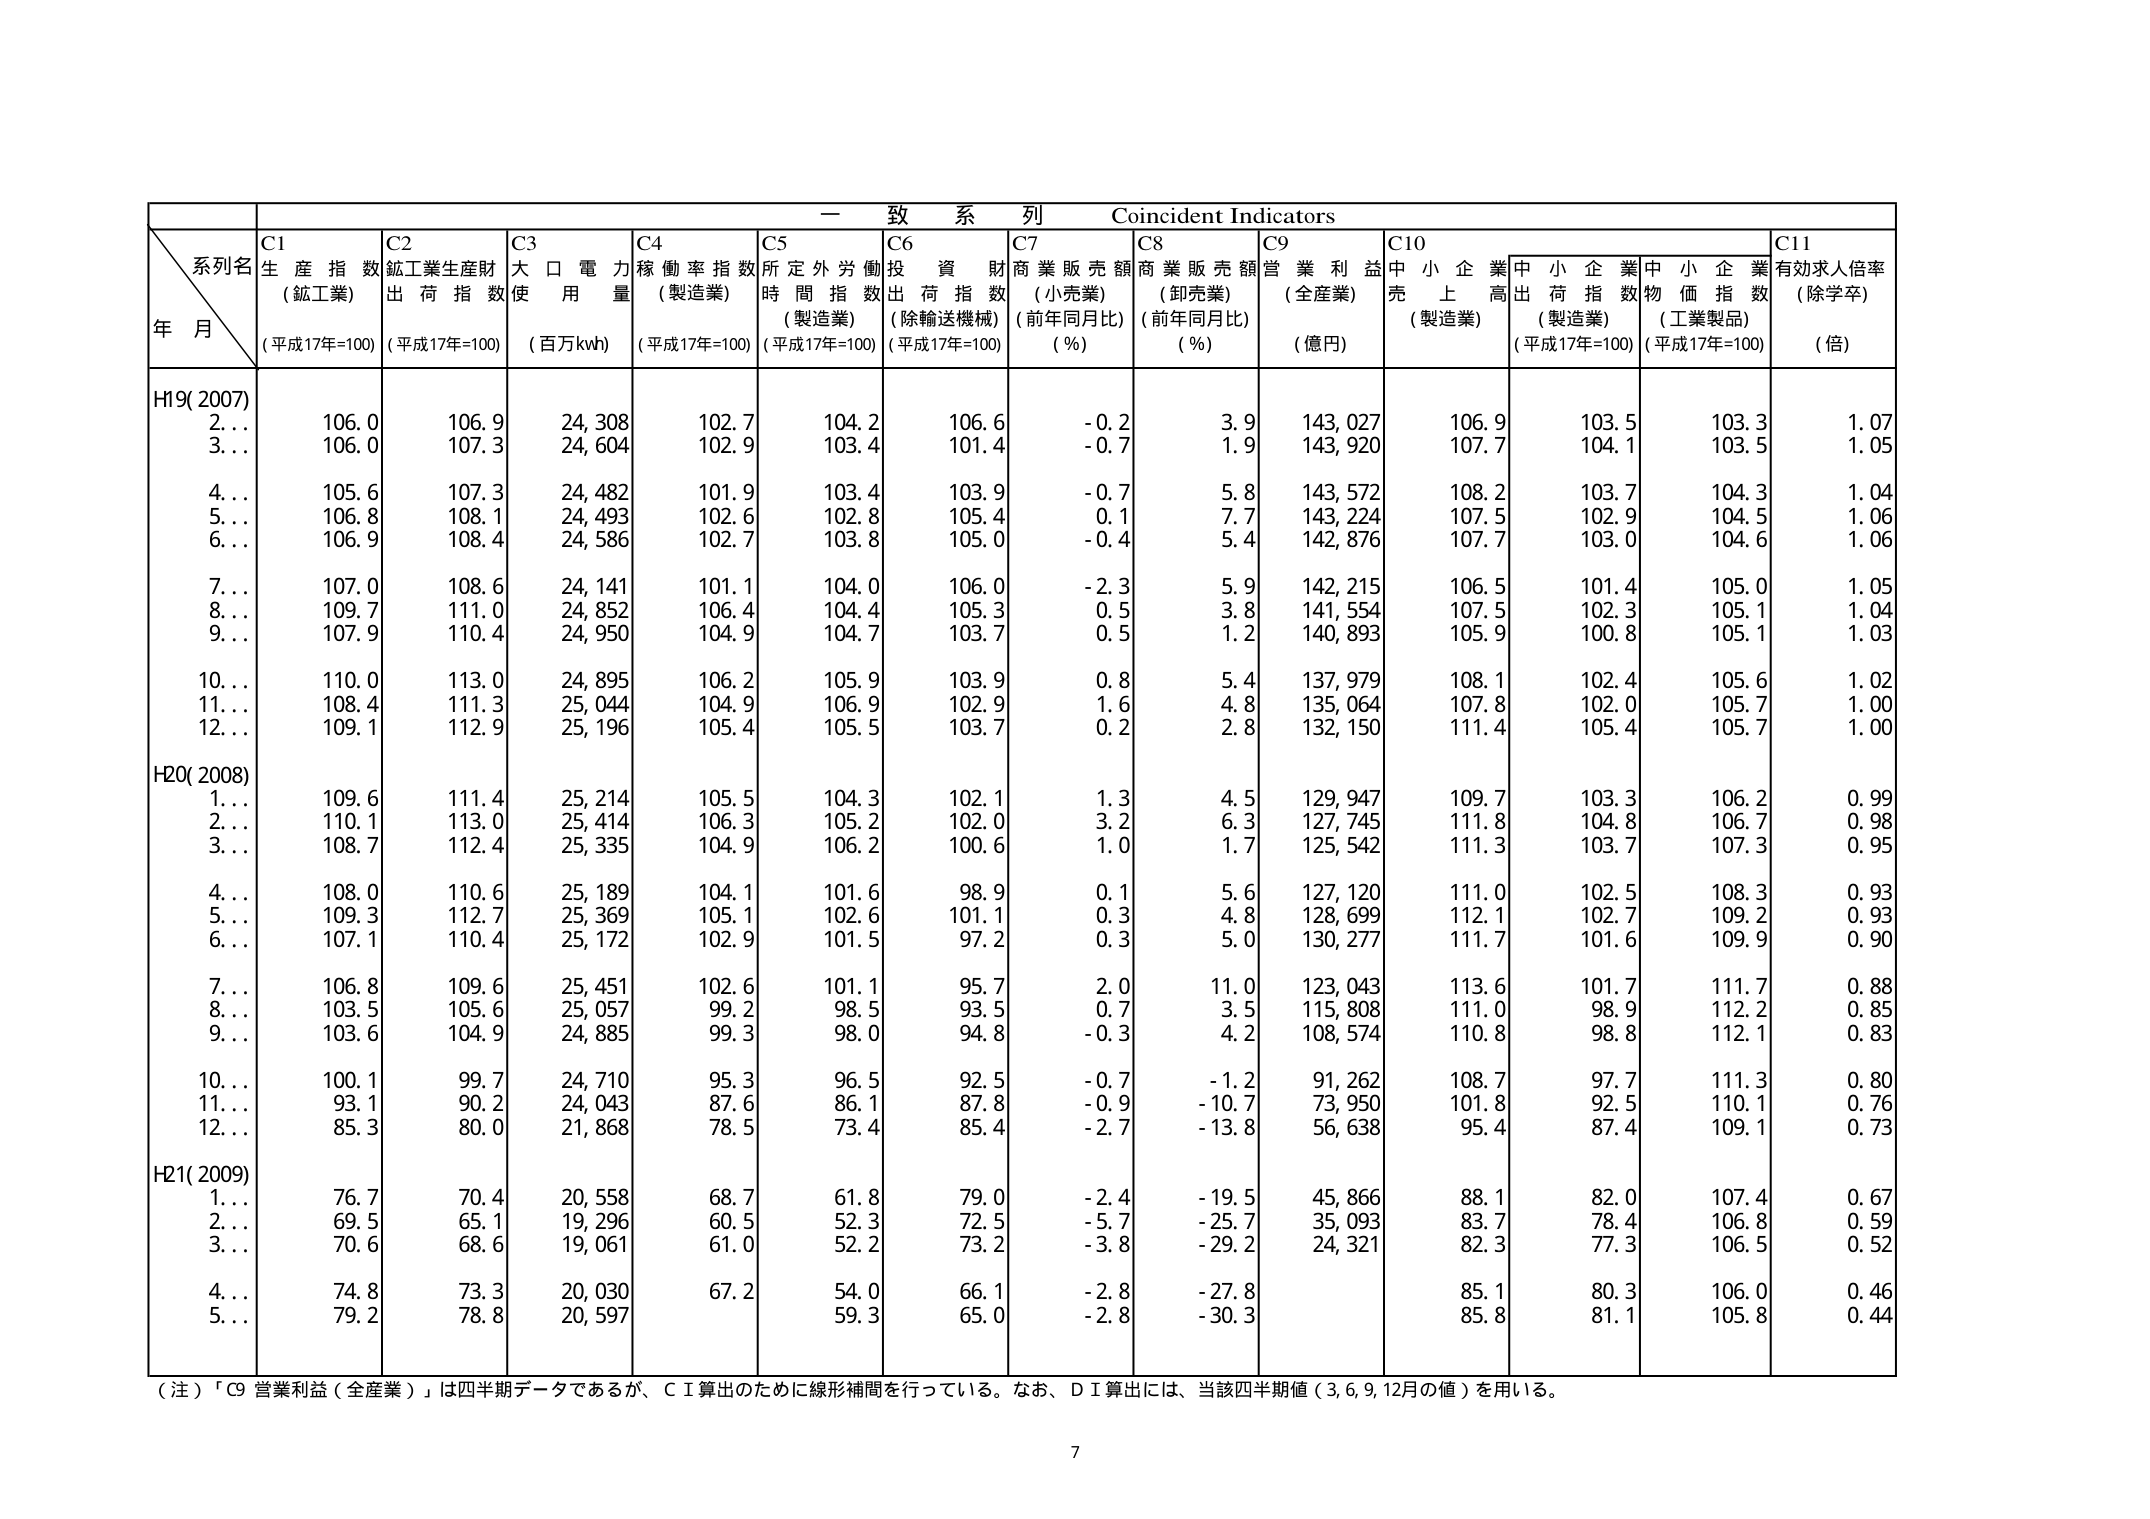
一 致 系 列 Coincident Indicators
系列名
年 月
C1 生 産 指 数 (鉱工業) (平成17年=100)
C2 鉱工業生産財出 荷 指 数 (平成17年=100)
C3 大 口 電 力 使 用 量 (百万kWh)
C4 稼 働 率 指 数 (製造業) (平成17年=100)
C5 所 定 外 労 働 時 間 指 数 (製造業) (平成17年=100)
C6 投 資 財 出 荷 指 数 (除輸送機械) (平成17年=100)
C7 商 業 販 売 額 (小売業) (前年同月比) (%)
C8 商 業 販 売 額 (卸売業) (前年同月比) (%)
C9 営 業 利 益 (全産業) (億円)
C10 中 小 企 業 売 上 高 (製造業)
C11 有効求人倍率 (除学卒) (倍)
中小企業出 荷 指 数 (製造業) (平成17年=100)
中小企業物 価 指 数 (工業製品) (平成17年=100)
H19(2007)
2… 106.0 106.9 24,308 102.7 104.2 106.6 -0.2 3.9 143,027 106.9 103.5 103.3 1.07
3… 106.0 107.3 24,604 102.9 103.4 101.4 -0.7 1.9 143,920 107.7 104.1 103.5 1.05
4… 105.6 107.3 24,482 101.9 103.4 103.9 -0.7 5.8 143,572 108.2 103.7 104.3 1.04
5… 106.8 108.1 24,493 102.6 102.8 105.4 0.1 7.7 143,224 107.5 102.9 104.5 1.06
6… 106.9 108.4 24,586 102.7 103.8 105.0 -0.4 5.4 142,876 107.7 103.0 104.6 1.06
7… 107.0 108.6 24,141 101.1 104.0 106.0 -2.3 5.9 142,215 106.5 101.4 105.0 1.05
8… 109.7 111.0 24,852 106.4 104.4 105.3 0.5 3.8 141,554 107.5 102.3 105.1 1.04
9… 107.9 110.4 24,950 104.9 104.7 103.7 0.5 1.2 140,893 105.9 100.8 105.1 1.03
10… 110.0 113.0 24,895 106.2 105.9 103.9 0.8 5.4 137,979 108.1 102.4 105.6 1.02
11… 108.4 111.3 25,044 104.9 106.9 102.9 1.6 4.8 135,064 107.8 102.0 105.7 1.00
12… 109.1 112.9 25,196 105.4 105.5 103.7 0.2 2.8 132,150 111.4 105.4 105.7 1.00
H20(2008)
1… 109.6 111.4 25,214 105.5 104.3 102.1 1.3 4.5 129,947 109.7 103.3 106.2 0.99
2… 110.1 113.0 25,414 106.3 105.2 102.0 3.2 6.3 127,745 111.8 104.8 106.7 0.98
3… 108.7 112.4 25,335 104.9 106.2 100.6 1.0 1.7 125,542 111.3 103.7 107.3 0.95
4… 108.0 110.6 25,189 104.1 101.6 98.9 0.1 5.6 127,120 111.0 102.5 108.3 0.93
5… 109.3 112.7 25,369 105.1 102.6 101.1 0.3 4.8 128,699 112.1 102.7 109.2 0.93
6… 107.1 110.4 25,172 102.9 101.5 97.2 0.3 5.0 130,277 111.7 101.6 109.9 0.90
7… 106.8 109.6 25,451 102.6 101.1 95.7 2.0 11.0 123,043 113.6 101.7 111.7 0.88
8… 103.5 105.6 25,057 99.2 98.5 93.5 0.7 3.5 115,808 111.0 98.9 112.2 0.85
9… 103.6 104.9 24,885 99.3 98.0 94.8 -0.3 4.2 108,574 110.8 98.8 112.1 0.83
10… 100.1 99.7 24,710 95.3 96.5 92.5 -0.7 -1.2 91,262 108.7 97.7 111.3 0.80
11… 93.1 90.2 24,043 87.6 86.1 87.8 -0.9 -10.7 73,950 101.8 92.5 110.1 0.76
12… 85.3 80.0 21,868 78.5 73.4 85.4 -2.7 -13.8 56,638 95.4 87.4 109.1 0.73
H21(2009)
1… 76.7 70.4 20,558 68.7 61.8 79.0 -2.4 -19.5 45,866 88.1 82.0 107.4 0.67
2… 69.5 65.1 19,296 60.5 52.3 72.5 -5.7 -25.7 35,093 83.7 78.4 106.8 0.59
3… 70.6 68.6 19,061 61.0 52.2 73.2 -3.8 -29.2 24,321 82.3 77.3 106.5 0.52
4… 74.8 73.3 20,030 67.2 54.0 66.1 -2.8 -27.8 85.1 80.3 106.0 0.46
5… 79.2 78.8 20,597 59.3 65.0 -2.8 -30.3 85.8 81.1 105.8 0.44
（注）「C9 営業利益（全産業）」は四半期データであるが、ＣＩ算出のために線形補間を行っている。なお、ＤＩ算出には、当該四半期値（3, 6, 9, 12月の値）を用いる。
7